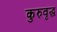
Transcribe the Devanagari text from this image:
कुरुवृद्ध